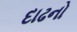
દાઢનો